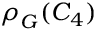
\rho _ { G } ^ { \bf \Gamma } ( C _ { 4 } )